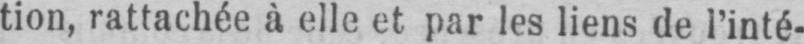
tion, rattachée à elle et par les liens de l’inté-